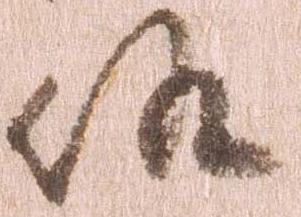
候